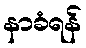
နာခံရန်